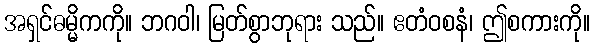
အရှင်ဓမ္မိကကို။ ဘဂဝါ၊ မြတ်စွာဘုရား သည်။ ဧတံဝစနံ၊ ဤစကားကို။